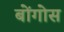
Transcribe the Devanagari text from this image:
बोंगोस